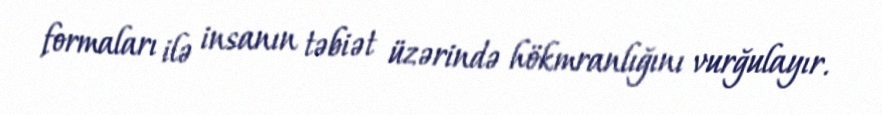
formaları ilə insanın təbiət üzərində hökmranlığını vurğulayır.